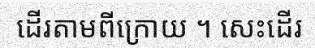
ដើរតាមពីក្រោយ ។ សេះដើរ